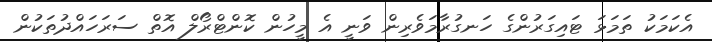
އެކަމަކު ތަމަޅަ ޓައިގަރުންގެ ހަނގުރާމަވެރިން ވަނީ އެ މީހުން ކޮންޓްރޯލް އޮތް ސަރަހައްދުތަކުން